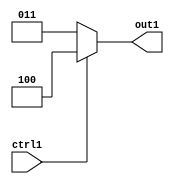
`timescale 1ps / 1ps
/*****************************************************************************
    Verilog RTL Description
    
    
    Created by: Stratus DpOpt 2019.1.01 
*******************************************************************************/

module dut_Muxn4i3u1_0 (
	ctrl1,
	out1
	); /* architecture "behavioural" */ 
input  ctrl1;
output [2:0] out1;
wire [2:0] asc001;

reg [2:0] asc001_tmp_0;
assign asc001 = asc001_tmp_0;
always @ (ctrl1) begin
	case (ctrl1)
		1'B1 : asc001_tmp_0 = 3'B100 ;
		default : asc001_tmp_0 = 3'B011 ;
	endcase
end

assign out1 = asc001;
endmodule

/* CADENCE  ubn5SgA= : u9/ySgnWtBlWxVPRXgAZ4Og= ** DO NOT EDIT THIS LINE ******/